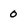
Character: 0